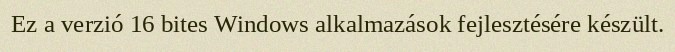
Ez a verzió 16 bites Windows alkalmazások fejlesztésére készült.